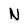
Character: N